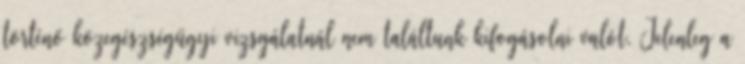
történő közegészségügyi vizsgálatnál nem találtunk kifogásolni valót. Jelenleg a